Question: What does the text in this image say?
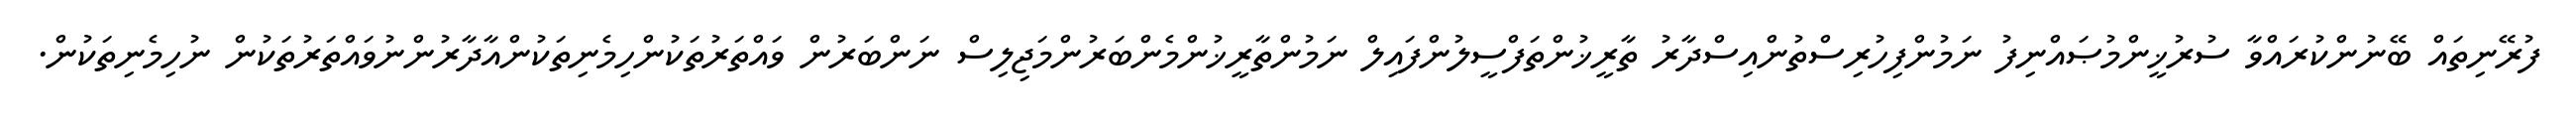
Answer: ފުރޭނިތައް ބޭނުންކުރައްވާ ސުރުޚީންމުޞައްނިފު ނަމުންފިހުރިސްތުންއިސްދާރު ތާރީޚުންތަފްސީލުންފައިލް ނަމުންތާރީޚުންމެންބަރުންމަޖިލިސް ނަންބަރުން ވައްތަރުތަކުންހިމެނިތަކުންއާދާރުންނުވައްތަރުތަކުން ނުހިމެނިތަކުން.